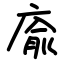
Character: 㢏